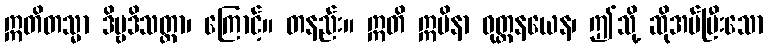
ဣတိတသ္မာ ဒိဗ္ဗဒိသတ္တာ၊ ကြောင့်။ တနည်း။ ဣတိ ဣမိနာ ဝုတ္တနယေန၊ ဤသို့ ဆိုအပ်ပြီးသော